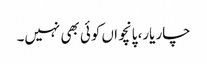
چار یار، پانچواں کوئی بھی نہیں۔